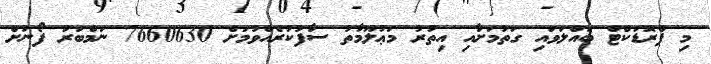
މި ޕްރޮޑަކްޓް ބައްލަވައި ގަތުމަށާއި އިތުރު މަޢުލޫމާތު ސާފުކުރެއްވުމަށް 7660630 ނަމްބަރު ފޯނަށް